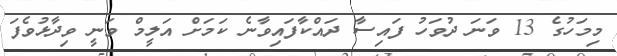
މިމަހުގެ 13 ވަނަ ދުވަހު ފައިސާ ދައްކާފައިވާނެ ކަމަށް އަލީމް ވަނީ ވިދާޅުވެފަ